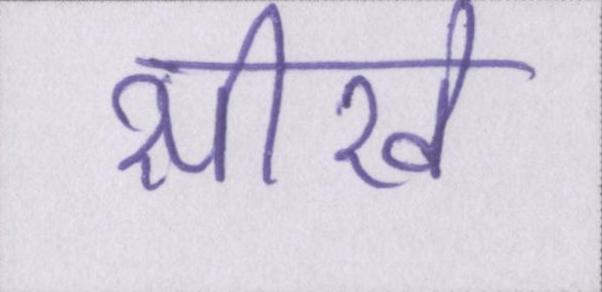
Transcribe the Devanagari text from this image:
सीखे